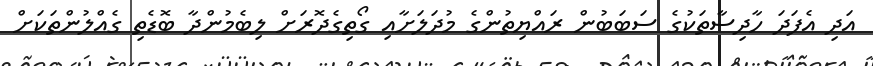
އަދި އެފަދަ ހާދިސާތަކުގެ ސަބަބުން ރައްޔިތުންގެ މުދަލަށާއި ގޯތިގެދޮރަށް ލިބެމުންދާ ބޮޑެތި ގެއްލުންތަކަށް